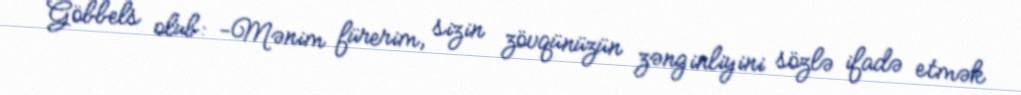
Göbbels olub: -Mənim fürerim, sizin zövqünüzün zənginliyini sözlə ifadə etmək